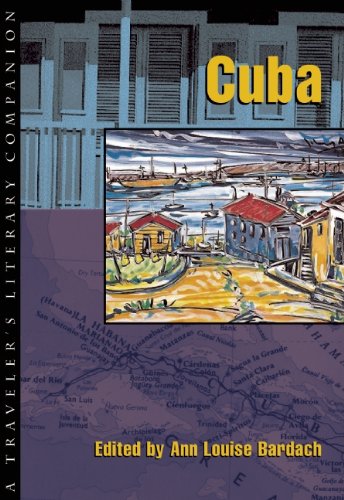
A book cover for Cuba : A Travelers Literary Companion (Traveler's Literary Companion, 8); Ann Louise Bardach; Travel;